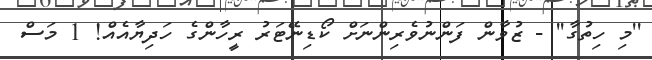
''މި ހިތުގާ'' - ޒުވާން ފަންނުވެރިންނަށް ކޯޑިނޭޓަރު ރީހާންގެ ހަދިޔާއެއް! 1 މަސް